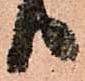
り